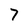
Character: 7